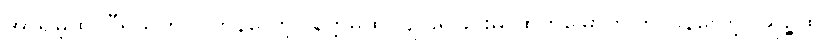
အာရမ္ဘထ၊ ဝီရိယကို ပြုကုန်လော့။ နိက္ကမထ၊ ပျင်းရိခြင်းမှ ထွက်မြောက်ကြကုန်လော့။ ယုဉ္ဇထ၊